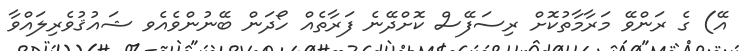
އޭ) ގެ ރަންވޭ މަރާމާތުކޮށް ރިސަފޭސް ކޮށްދޭނެ ފަރާތެއް ހޯދަން ބޭނުންވެއެވ ޝައުޤުވެރިލައްވާ